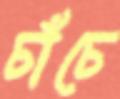
চাঁচে